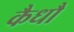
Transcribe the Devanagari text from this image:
कैधौ